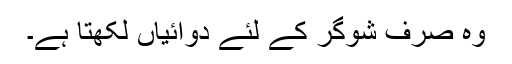
وہ صرف شوگر کے لئے دوائیاں لکھتا ہے۔